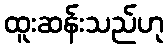
ထူးဆန်းသည်ဟု